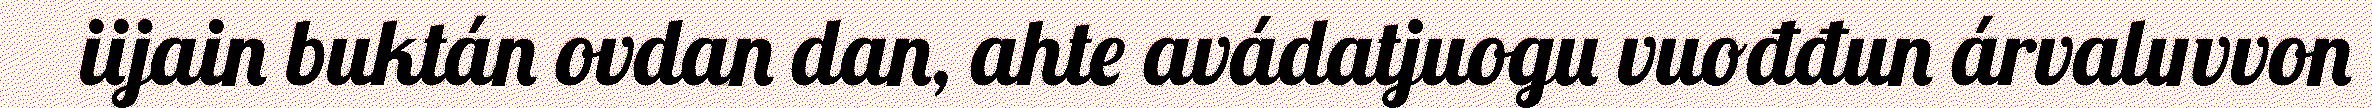
iijain buktán ovdan dan, ahte avádatjuogu vuođđun árvaluvvon